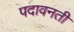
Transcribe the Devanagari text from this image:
पदावनती